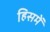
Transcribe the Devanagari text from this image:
हिसमें